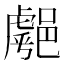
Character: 𨝞